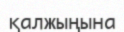
қалжыңына